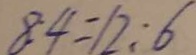
8 : 4 = 1 2 : 6